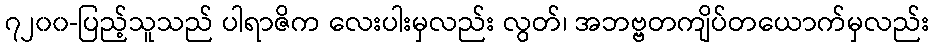
၇၂၀၀-ပြည့်သူသည် ပါရာဇိက လေးပါးမှလည်း လွတ်၊ အဘဗ္ဗတကျိပ်တယောက်မှလည်း